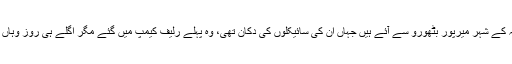
بابو رام ضلع ٹھٹہ کے شہر میرپور بٹھورو سے آئے ہیں جہاں ان کی سائیکلوں کی دکان تھی، وہ پہلے رلیف کیمپ میں گئے مگر اگلے ہی روز وہاں سے واپس آگئے۔